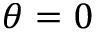
\theta = 0